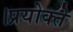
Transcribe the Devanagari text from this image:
।प्रयोक्ते